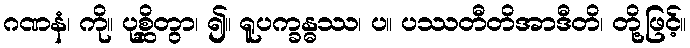
ဂဏနံ၊ ကို။ ပုစ္ဆိတွာ၊ ၍။ ရူပက္ခန္ဓဿ၊ ပ။ ပဿတီတိအာဒီတိ၊ တို့ဖြင့်။